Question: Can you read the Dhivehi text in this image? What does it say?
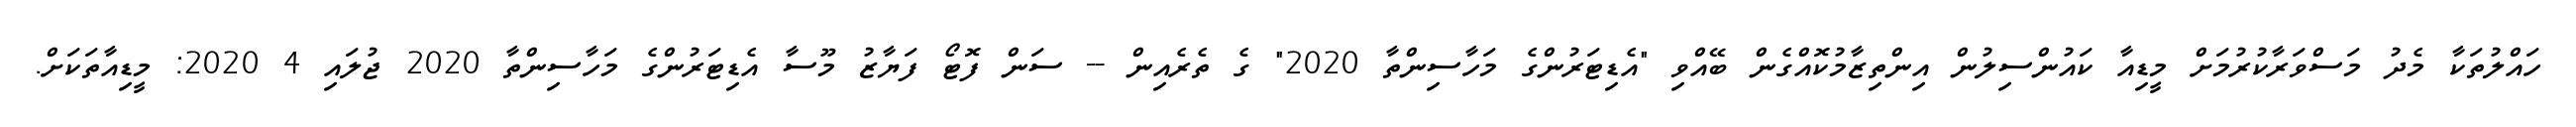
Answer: ހައްލުތަކާ މެދު މަސްވަރާކުރުމަށް މީޑިއާ ކައުންސިލުން އިންތިޒާމުކޮއްގެން ބޭއްވި "އެޑިޓަރުންގެ މަހާސިންތާ 2020" ގެ ތެރެއިން -- ސަން ފޮޓޯ ފަޔާޒު މޫސާ އެޑިޓަރުންގެ މަހާސިންތާ 2020 ޖުލައި 4 2020: މީޑިއާތަކަށް.